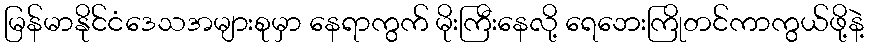
မြန်မာနိုင်ငံဒေသအများစုမှာ နေရာကွက် မိုးကြီးနေလို့ ရေဘေးကြိုတင်ကာကွယ်ဖို့နဲ့